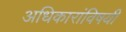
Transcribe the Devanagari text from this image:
अधिकारांविषयी